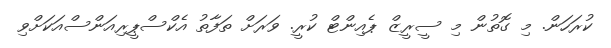
ކުރަހަން. މި ގޮތުން މި ސީރީޒް ޕެއިންޓް ކުރީ. ވަރަށް ތަފާތު އެކްސްޕީރިއަންސްއަކަށްވި